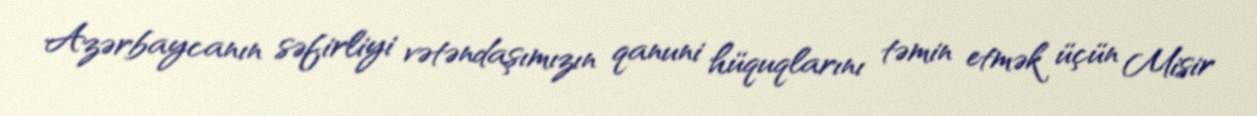
Azərbaycanın səfirliyi vətəndaşımızın qanuni hüquqlarını təmin etmək üçün Misir